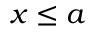
x \leq a